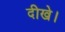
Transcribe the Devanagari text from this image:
दीखे।